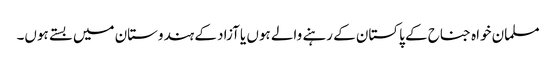
مسلمان خواہ جناح کے پاکستان کے رہنے والے ہوں یا آزاد کے ہندوستان میں بستے ہوں۔